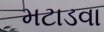
મટાડવા